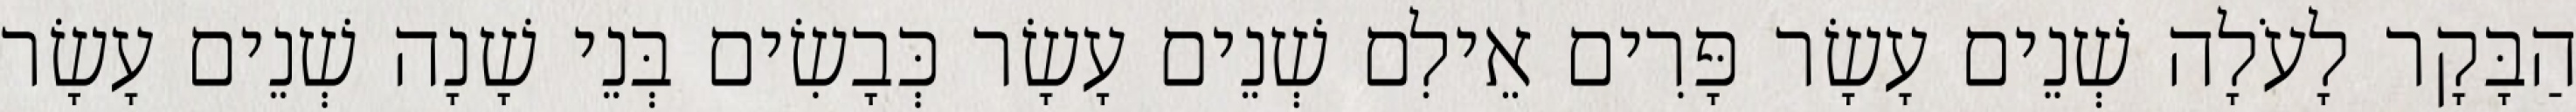
הַבָּקָר לָעֹלָה שְׁנֵים עָשָׂר פָּרִים אֵילִם שְׁנֵים עָשָׂר כְּבָשִׂים בְּנֵי שָׁנָה שְׁנֵים עָשָׂר